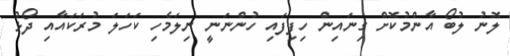
ލޮނު ލުބޯ އާންމުކޮށް ގިނައިން ހިފިފައި ހުންނަނީ ނިލަމެހި ކަހަލަ މުރަކައާއި ދޯޅު